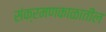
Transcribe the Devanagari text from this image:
संक्रमणकाळातील